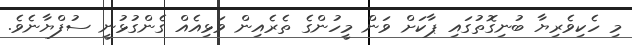
މި ހެކިވެރިޔާ ބުނިގޮތުގައި ޕާކަށް ވަން މީހުންގެ ތެރެއިން ވަޅިއެއް ގެންގުޅުނީ ސުފްޔާނެވެ.